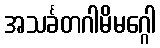
အသင်္ခတဂါမိမဂ္ဂေါ